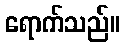
ရောက်သည်။